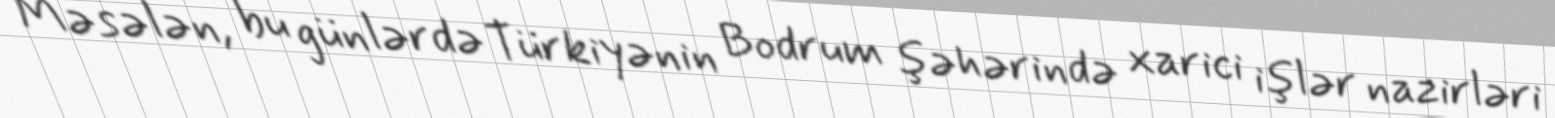
Məsələn, bu günlərdə Türkiyənin Bodrum şəhərində xarici işlər nazirləri